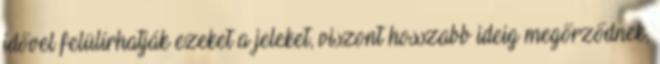
idővel felülírhatják ezeket a jeleket, viszont hosszabb ideig megőrződnek,